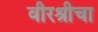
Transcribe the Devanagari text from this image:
वीरश्रीचा